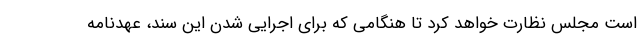
است مجلس نظارت خواهد کرد تا هنگامی که برای اجرایی شدن این سند، عهدنامه